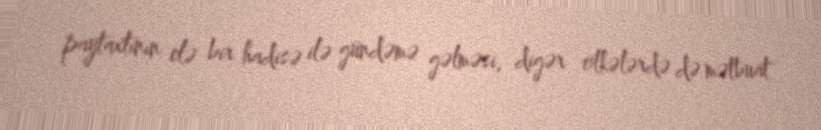
paytaxtının elə bir hadisə ilə gündəmə gəlməsi, digər ölkələrdə də mətbuat